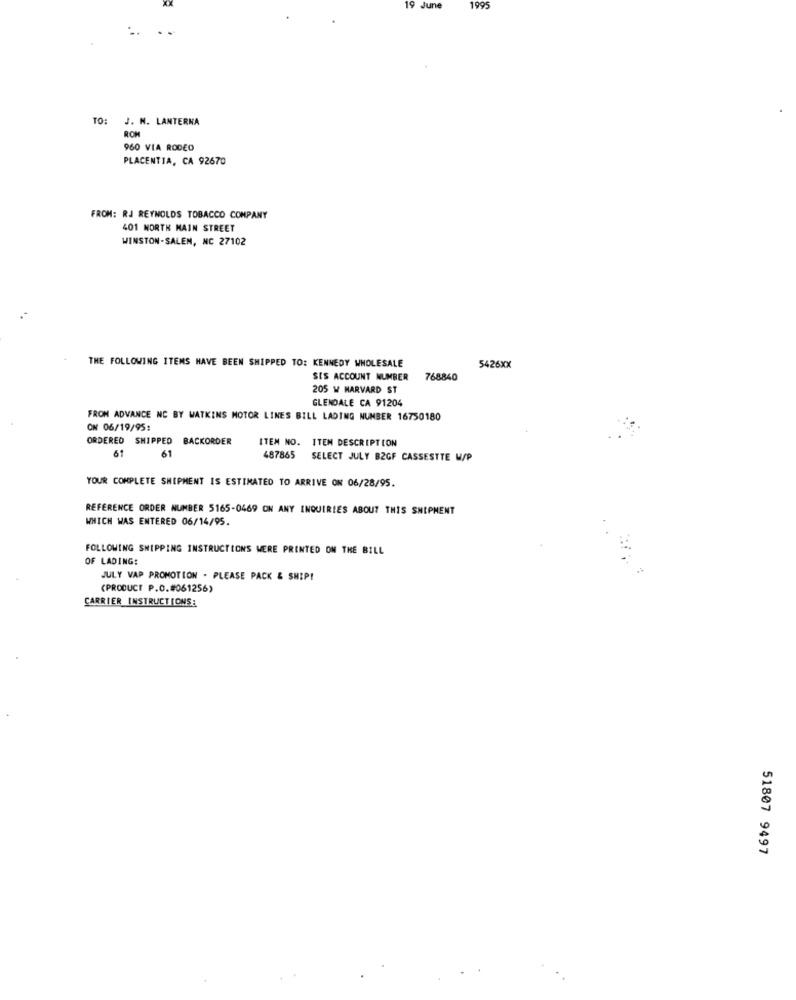
19 June
1995
TO: J. N. LANTERNA
RON
960 VIA RODEO
PLACENTIA, CA 92670
FROM: RJ REYNOLDS TOBACCO COMPANY
401 NORTH MAIN STREET
WINSTON-SALEM, NC 27102
THE FOLLOWING ITEMS HAVE BEEN SHIPPED TO: KENNEDY WHOLESALE
5426XX
SIS ACCOUNT NUMBER
768840
205 W MARVARD ST
GLENDALE CA 91204
FROM ADVANCE NC BY WATKINS MOTOR LINES BILL LADING NUMBER 16750180
ON 06/19/95:
ORDERED SHIPPED
BACKORDER
ITEM NO. ITEM DESCRIPTION
61
61
487865
SELECT JULY B2GF CASSESTTE W/P
YOUR COMPLETE SHIPMENT IS ESTIMATED TO ARRIVE ON 06/28/95.
REFERENCE ORDER NUMBER 5165-0469 ON ANY INQUIRIES ABOUT THIS SHIPMENT
WHICH WAS ENTERED 06/14/95.
FOLLOWING SHIPPING INSTRUCTIONS WERE PRINTED ON THE BILL
OF LADING:
JULY VAP PROMOTION . PLEASE PACK & SHIP!
(PRODUCT P.O.#061256)
CARRIER INSTRUCTIONS:
51807 9497